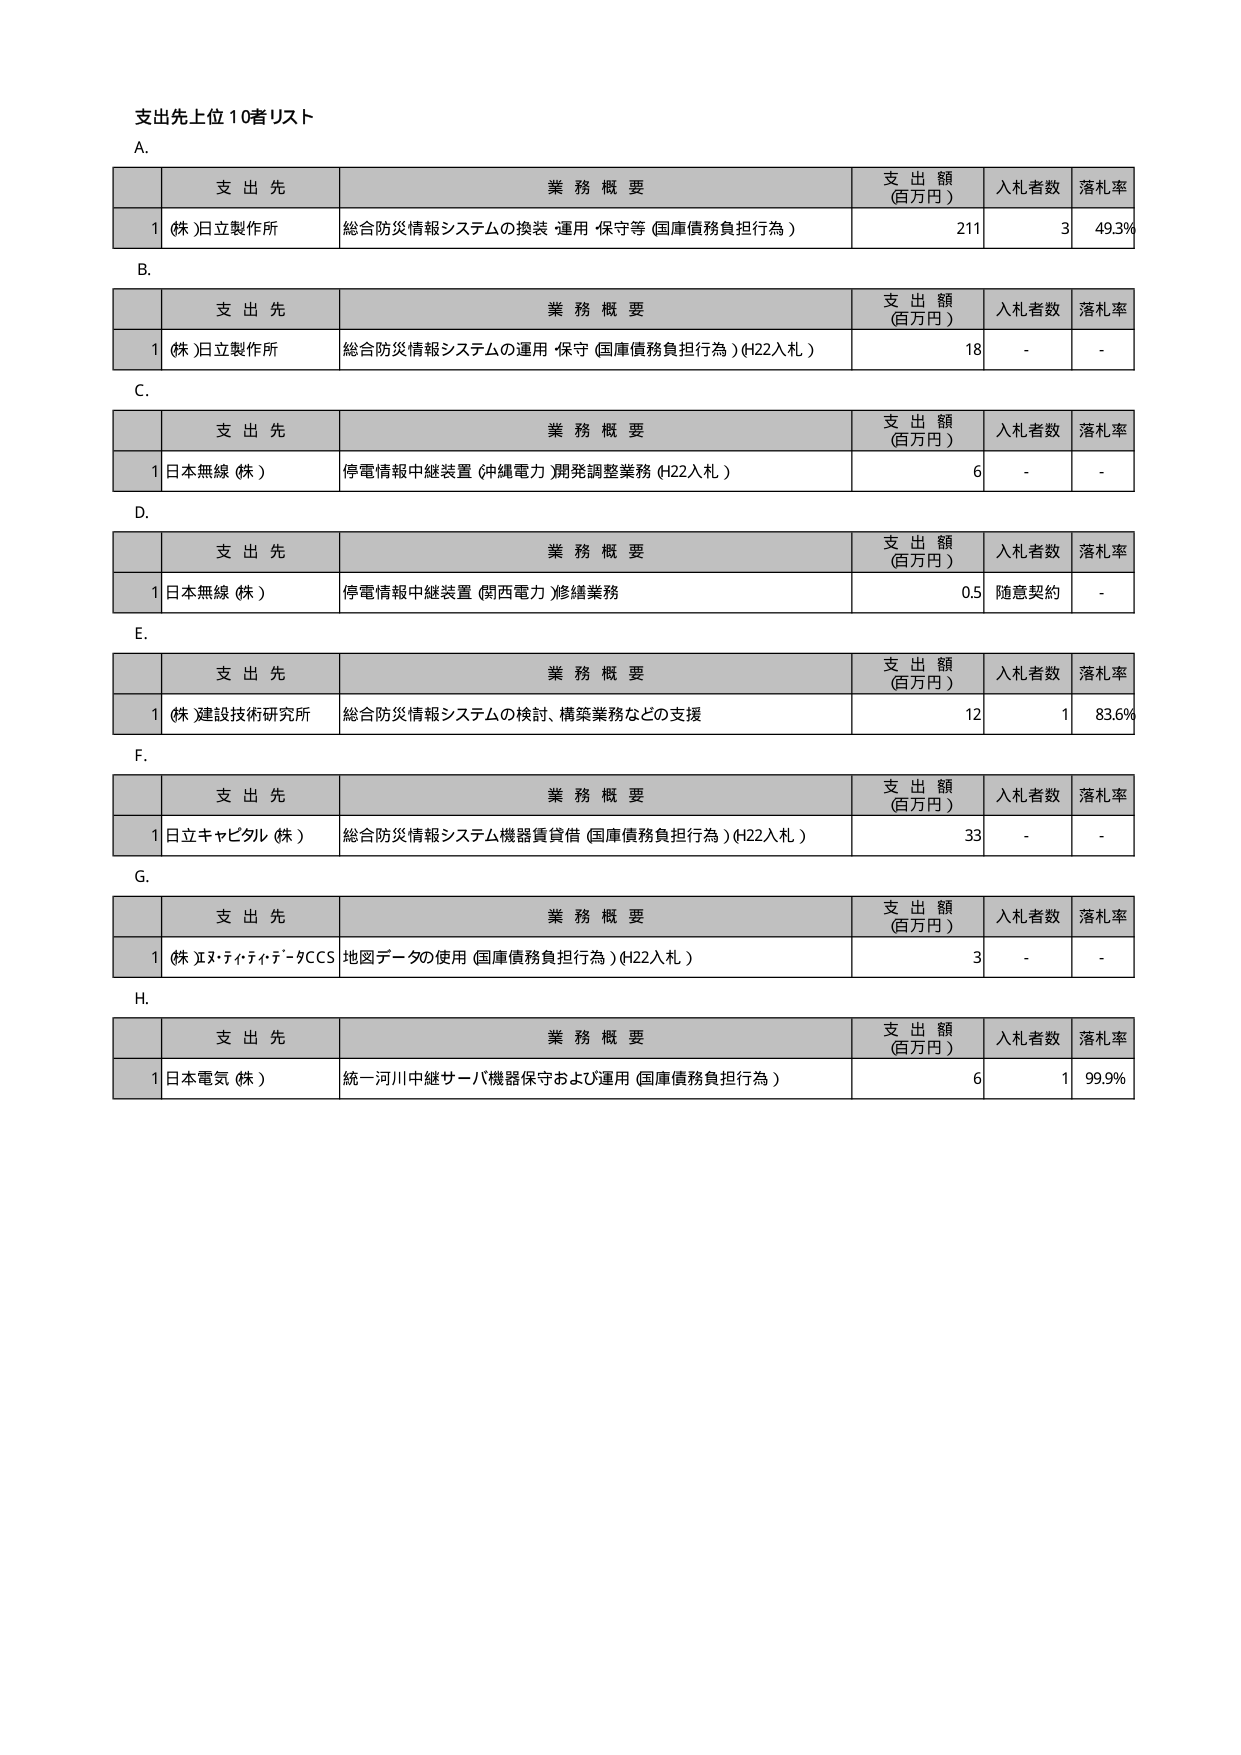
支出先上位10者リスト

A.
支 出 先 業 務 概 要 支 出 額 (百万円) 入札者数 落札率
1 (株)日立製作所 総合防災情報システムの換装・運用・保守等（国庫債務負担行為） 211 3 49.3%

B.
支 出 先 業 務 概 要 支 出 額 (百万円) 入札者数 落札率
1 (株)日立製作所 総合防災情報システムの運用・保守（国庫債務負担行為）(H22入札) 18 - -

C.
支 出 先 業 務 概 要 支 出 額 (百万円) 入札者数 落札率
1 日本無線（株） 停電情報中継装置（沖縄電力）開発調整業務（H22入札） 6 - -

D.
支 出 先 業 務 概 要 支 出 額 (百万円) 入札者数 落札率
1 日本無線（株） 停電情報中継装置（関西電力）修繕業務 0.5 随意契約 -

E.
支 出 先 業 務 概 要 支 出 額 (百万円) 入札者数 落札率
1 (株)建設技術研究所 総合防災情報システムの検討、構築業務などの支援 12 1 83.6%

F.
支 出 先 業 務 概 要 支 出 額 (百万円) 入札者数 落札率
1 日立キャピタル（株） 総合防災情報システム機器賃貸借（国庫債務負担行為）(H22入札) 33 - -

G.
支 出 先 業 務 概 要 支 出 額 (百万円) 入札者数 落札率
1 (株)エヌ・ティ・ティ・データCCS 地図データの使用（国庫債務負担行為）(H22入札) 3 - -

H.
支 出 先 業 務 概 要 支 出 額 (百万円) 入札者数 落札率
1 日本電気（株） 統一河川中継サーバ機器保守および運用（国庫債務負担行為） 6 1 99.9%